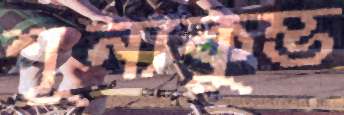
শূন্যকুম্ভ